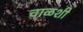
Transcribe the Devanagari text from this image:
चाळशी